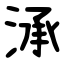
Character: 㴍